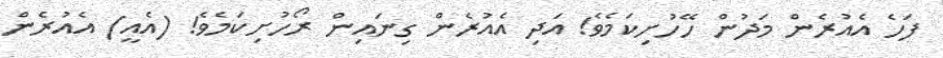
ފަހެ އެއުރެން މަދުން ހޭހުށިކަމެވެ! އަދި އެއުރެން ގިނައިން ރޯހުށިކަމެވެ! (އެއީ) އެއުރެން